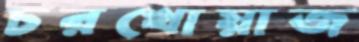
চরখোয়াজ